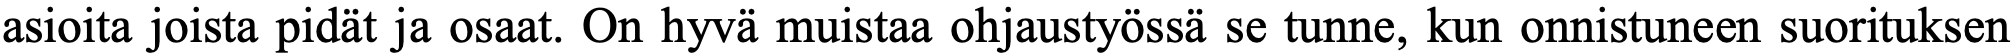
asioita joista pidät ja osaat. On hyvä muistaa ohjaustyössä se tunne, kun onnistuneen suorituksen